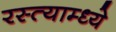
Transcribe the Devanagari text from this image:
रस्त्याम्ध्ये